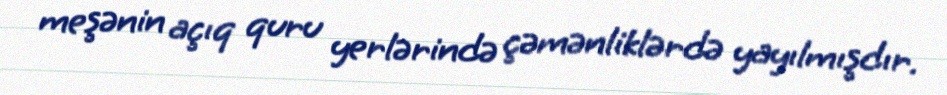
meşənin açıq quru yerlərində çəmənliklərdə yayılmışdır.